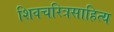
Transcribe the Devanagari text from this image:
शिवचरित्रसाहित्य